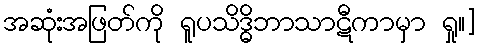
အဆုံးအဖြတ်ကို ရူပသိဒ္ဓိဘာသာဋီကာမှာ ရှု။]